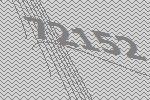
72152